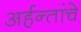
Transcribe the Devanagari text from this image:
अर्हन्तांचे